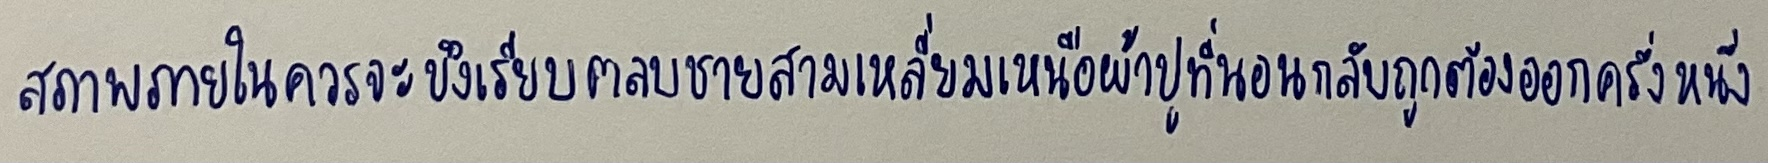
สภาพภายในควรจะขึงเรียบตลบชายสามเหลี่ยมเหนือผ้าปูที่นอนกลับถูกต้องออกครึ่งหนึ่ง